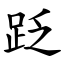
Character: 䟪